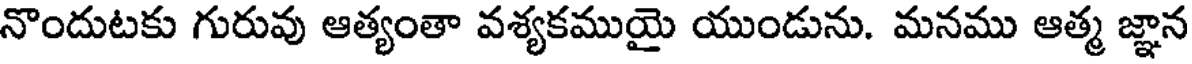
నొందుటకు గురువు ఆత్యంతా వశ్యకముయై యుండును. మనము ఆత్మ జ్ఞాన